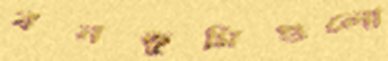
বনভূমিগুলো